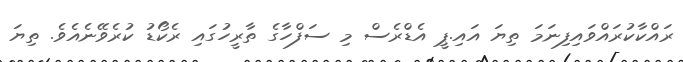
ރައްކާކުރައްވައިފިނަމަ ތިޔަ އައި.ޕީ އެޑްރެސް މި ސަފްހާގެ ތާރީހުގައި ރެކޯޑު ކުރެވޭނެއެވެ. ތިޔަ